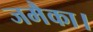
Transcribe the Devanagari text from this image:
जमैका।